Leaving Certificate Examination, 1919
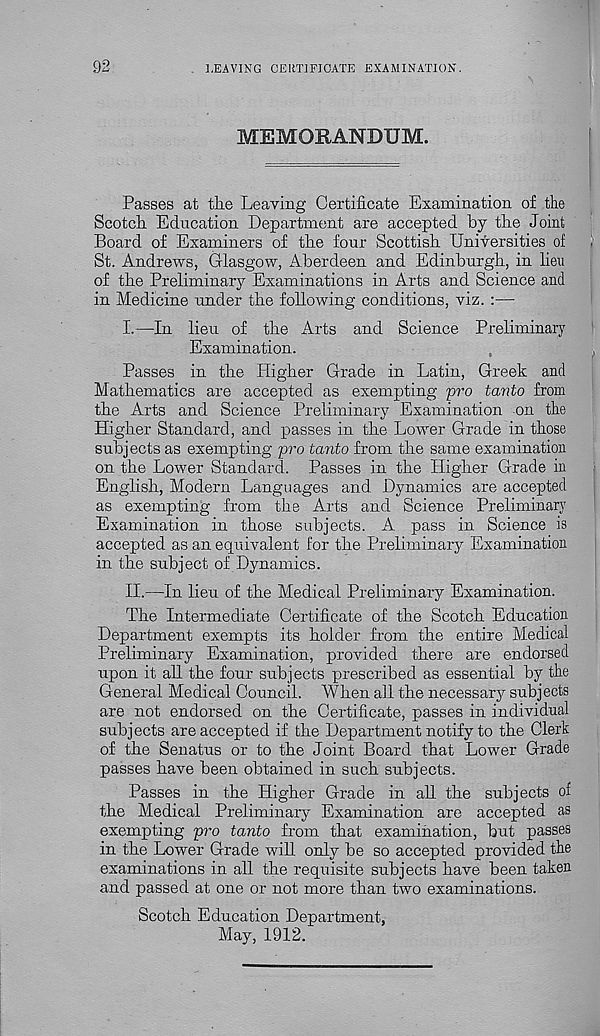
92
LEAVING CERTIFICATE EXAMINATION
MEMORANDUM.
Passes at tke Leaving Certificate Examination of the
Scotch. Education Department are accepted hy the Joint
Board of Examiners of the four Scottish Universities of
St. Andrews, Glasgow, Aberdeen and Edinburgh, in lieu
of the Preliminary Examinations in Arts and Science and
in Medicine under the following conditions, viz. :—
I.
—In lieu of the Arts
Examination.
Passes in the Higher Grade in Latin, Greek and
Mathematics are accepted as exempting pro tavto from
the Arts and Science Preliminary Examination on the
Higher Standard, and passes in the Lower Grade in those
subjects as exempting pro tanto from the same examination
on the Lower Standard. Passes in the Higher Grade in
English, Modern Languages and Dynamics are accepted
as exempting from the Arts and Science Preliminary
Examination in those subjects. A pass in Science is
accepted as an equivalent for the Preliminary Examination
in the subject of Dynamics.
II.
—In lieu of the Med
The Intermediate Certificate of the Scotch Education
Department exempts its holder from the entire Medical
Preliminary Examination, provided there are endorsed
upon it all the four subjects prescribed as essential by the
General Medical Council. When all the necessary subjects
are not endorsed on the Certificate, passes in individual
subjects are accepted if the Department notify to the Clerk
of the Senatus or to the Joint Board that Lower Grade
passes have been obtained in such subjects.
Passes in the Higher Grade in all the subjects of
the Medical Preliminary Examination are accepted as
exempting pro tanto from that examination, but passes
in the Lower Grade will only be so accepted provided the
examinations in all the requisite subjects have been taken
and passed at one or not more than two examinations.
Scotch Education Department,
May, 1912.